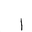
Letter: _alif